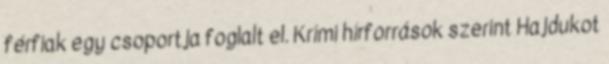
férfiak egy csoportja foglalt el. Krími hírforrások szerint Hajdukot